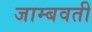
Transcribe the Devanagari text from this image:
जाम्‍बवती